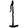
Digit: 1